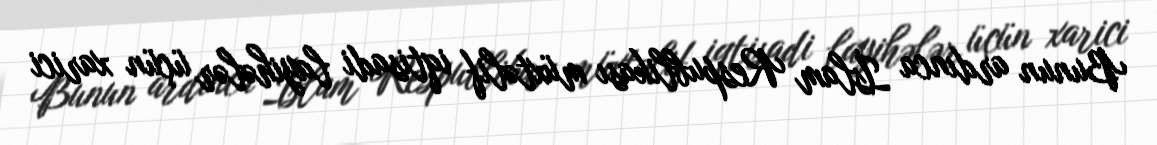
Bunun ardınca İslam Respublikası müxtəlif iqtisadi layihələr üçün xarici